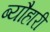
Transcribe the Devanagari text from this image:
ब्यौहारी